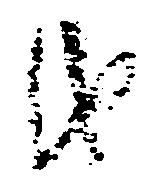
油